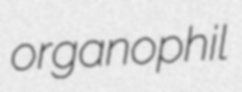
organophil